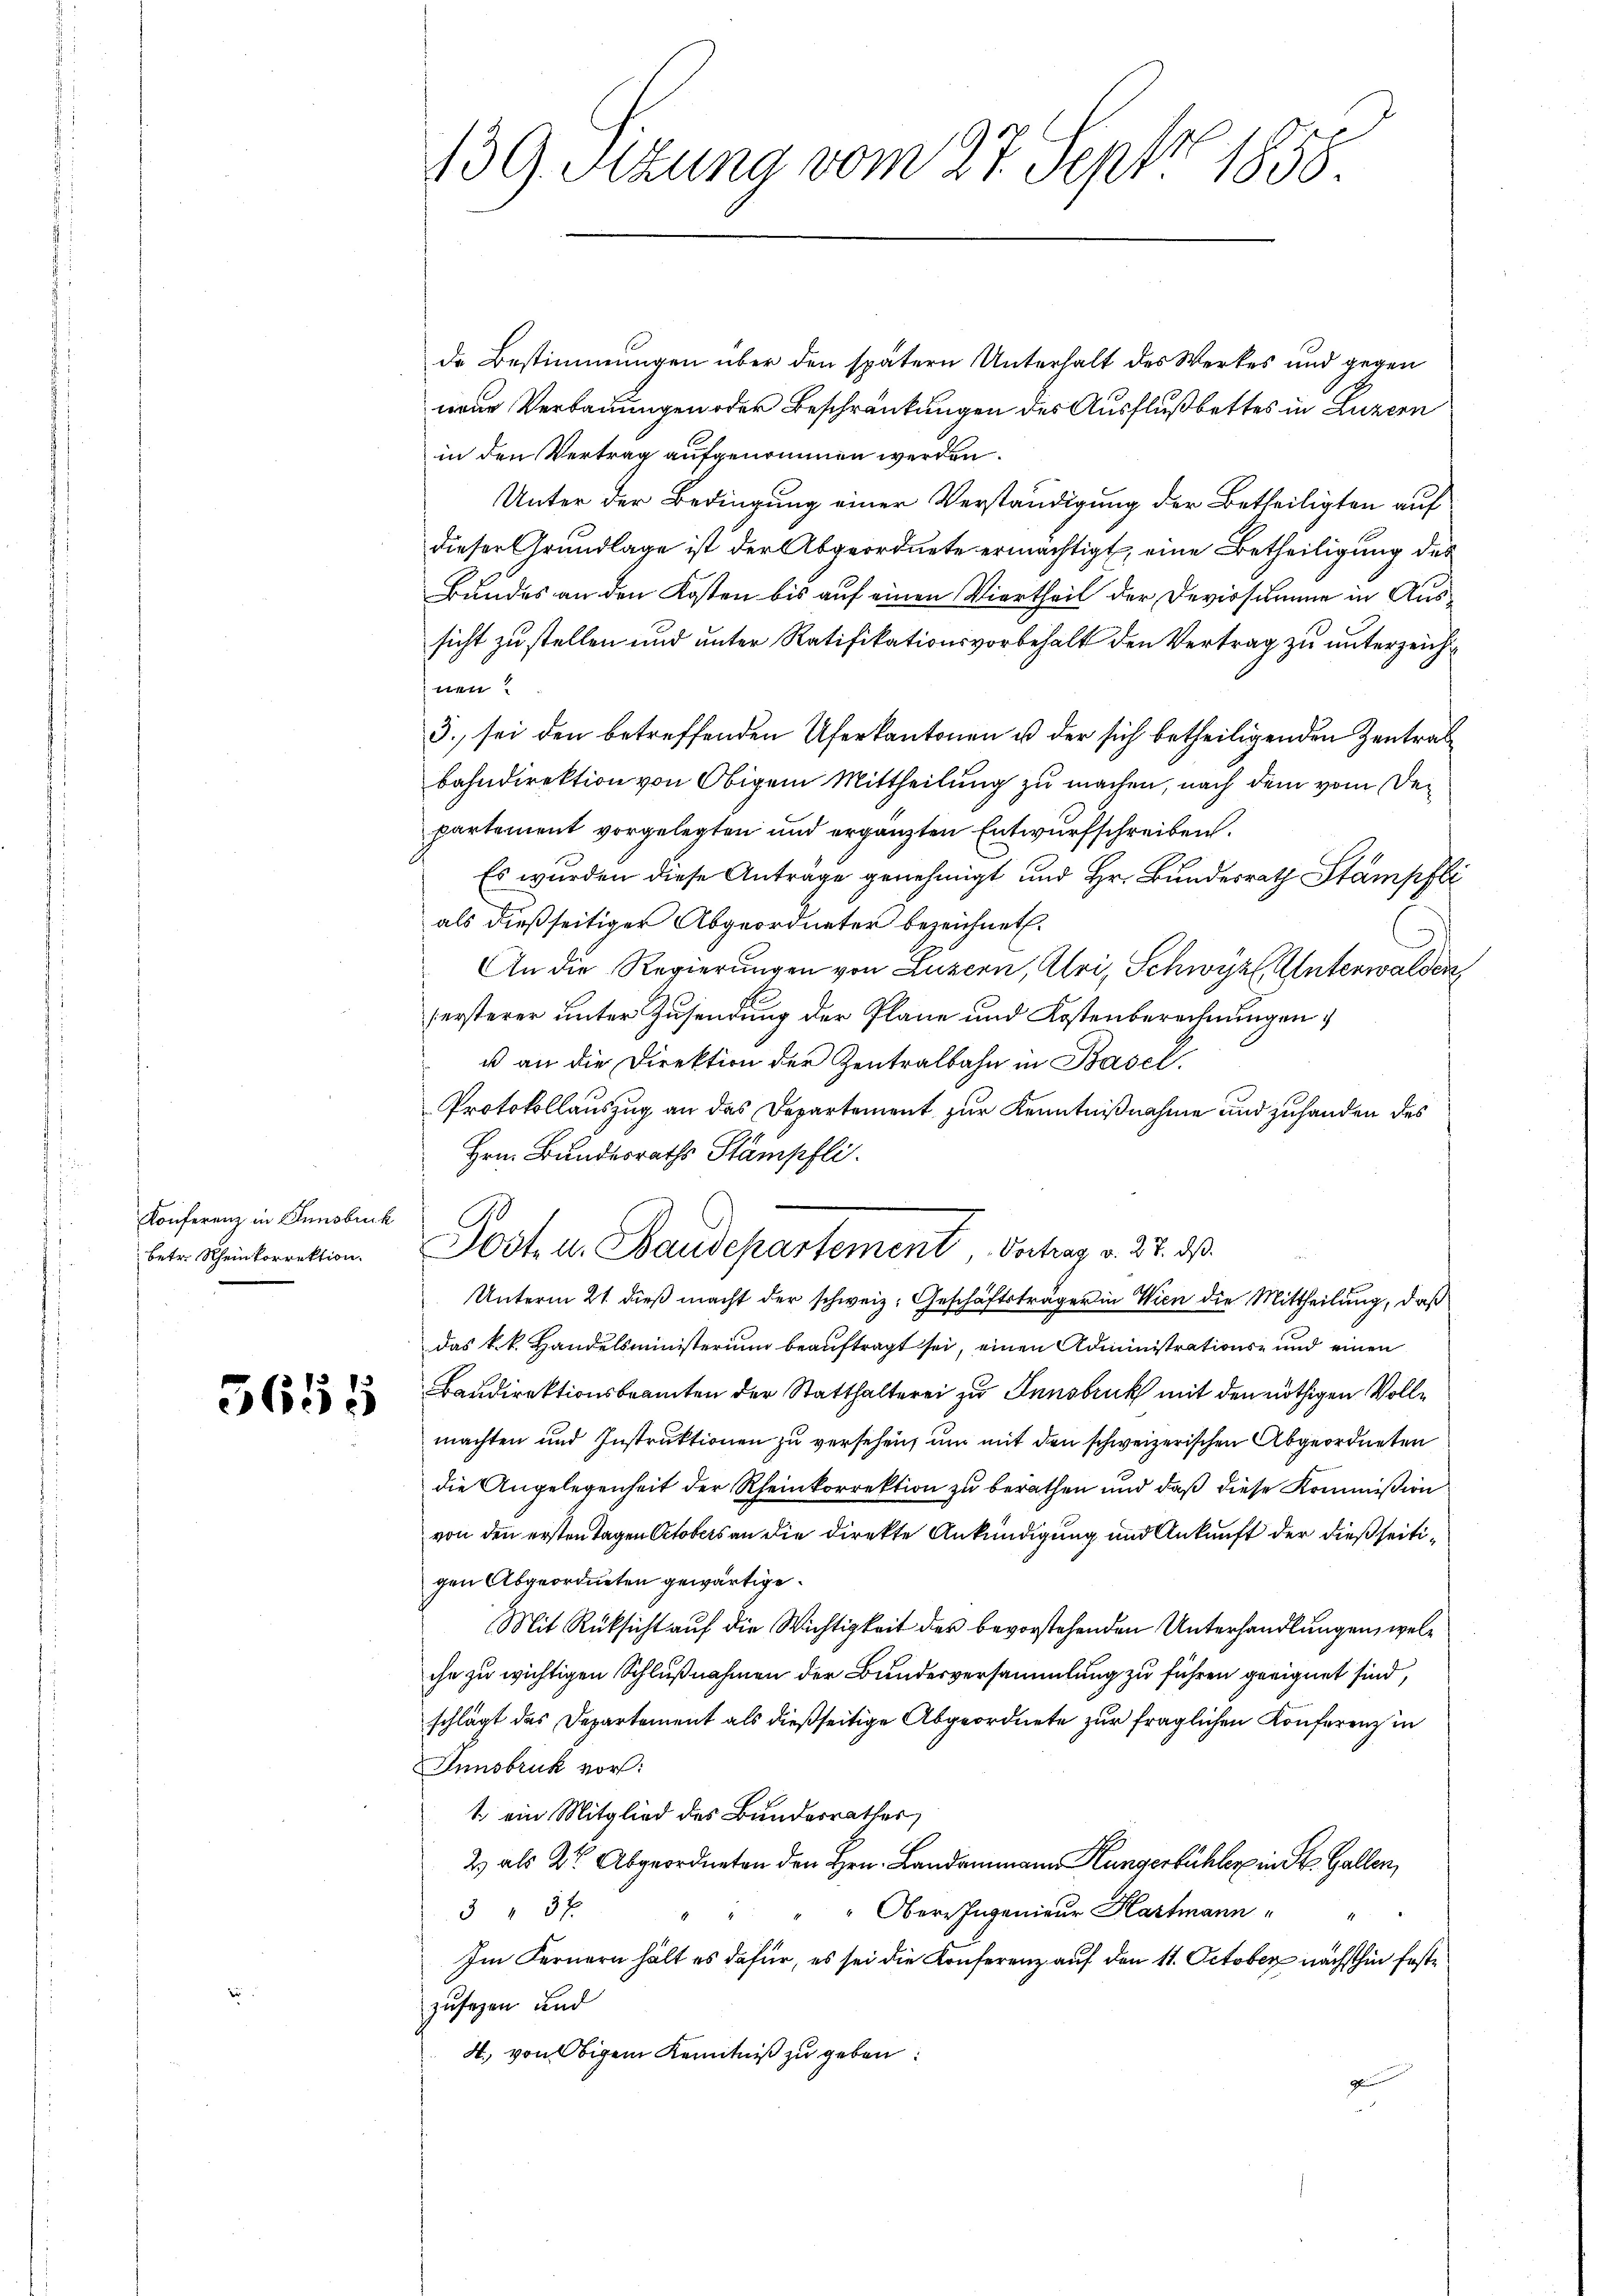
Konferenz in Innsbruck

3655

de Bestimmungen über den spätern Unterhalt des Werkes und gegen
neue Verbauungen oder Beschränkungen des Ausflußbettes in Luzern
in den Vertrag aufgenommen werden.
Unter der Bedingung einer Verständigung der Betheiligten auf
dieser Grundlage ist der Abgeordnete ermächtigt, eine Betheiligung des
Bundes an den Kosten bis auf einen Viertheil der Devirsumme in Aussicht zu stellen und unter Ratifikationsvorbehalt den Vertrag zu unterzeiche
3. sei den betreffenden Uferkantonen u der sich betheiligenden Zentrat
bahndirektion von Obigem Mittheilung zu machen, nach dem vom Departement vorgelegten und ergänzten Entwurfschreiben.
Es wurden diese Anträge genehmigt und Hr. Bundesrath Stampfli
als dießseitiger Abgeordneter bezeichnet.
An die Regierungen von Luzern, Abri, Schwyz, Unterwalden
sersterer unter Zusendung der Plane und Kostenberechnungen
u an die Direktion der Zentralbahn in Basel.
Protokollauszug an das Departement zur Kenntnißnahme und zuhanden des
Hrn. Bundesraths Stämpfli
 entreten Post u. Baudepartement, Vortrag v. 27. ds.
Unterm 21. dieß macht der schweiz. Geschäftsträger in Wien die Mittheilung, daß
das k. k. Handelsministerium beauftragt sei, einen Administrations- und einen
Baudirektionsbeamten der Statthalterei zu Innsbruck mit den nöthigen Vollmachten und Instruktionen zu versehen, um mit den schweizerischen Abgeordneten
die Angelegenheit der Rheinkorrektion zu berathen und daß diese Kommission
von den ersten Tagen Octobers an die Direkte Ankündigung und Ankunft der dießseitigen Abgeordneten gewärtige.
Mit Rüksicht auf die Wichtigkeit der bevorstehenden Unterhandlungen, welche zu wichtigen Schlußnahmen der Bundesversammlung zu führen geeignet sind,
schlägt das Departement als dießseitige Abgeordnete zur fraglichen Konferenz in
Innsbruck vor:
1 ein Mitglied des Bundesrathes,
2) als Dr. Abgeordneten den Hrn. Landammann Hungerkühler in St. Gallen,
" " Obere Ingenieur Hartmann
33 x
1
Im Fernern hält es dafür, es sei die Konferenz auf den 11. October nächsthin festzusagen und
4., von Obigem Kenntniß zu geben:
g

139. Sizung vom 27. Sept 1858.